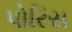
પોરિસ